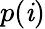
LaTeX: p(\mathit{i})